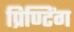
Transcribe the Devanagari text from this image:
प्रिण्टिंग